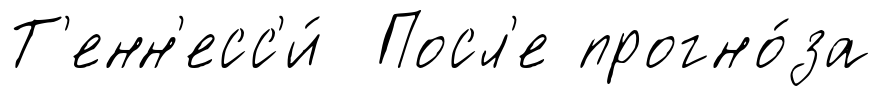
Т'енн'есс'и́ Посл'е прогно́за